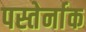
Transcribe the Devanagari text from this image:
पस्तेर्नाक